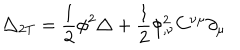
\triangle _ { 2 T } = \frac { 1 } { 2 } \phi ^ { 2 } \triangle + \frac { 1 } { 2 } \phi _ { , \nu } ^ { 2 } C ^ { \nu \mu } \partial _ { \mu }